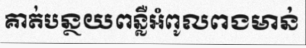
គាត់បន្ថយពន្លឺអំពូលពងមាន់